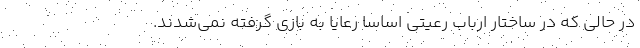
در حالی که در ساختار ارباب رعیتی اساساَ رعایا به بازی گرفته نمی‌شدند.